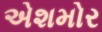
એશમોર